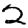
Digit: 2